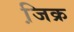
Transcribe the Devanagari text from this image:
जि़क्र